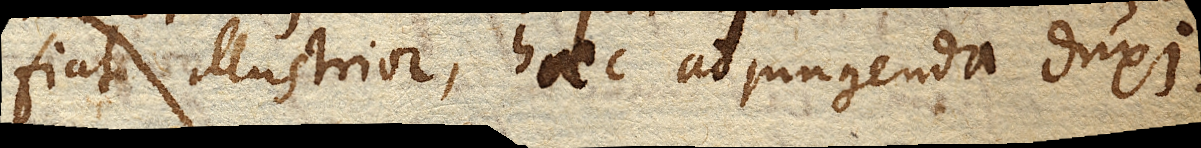
fiat illustrior, haec adjungenda duxi.